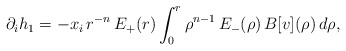
\begin{align*}\partial_i h_1=-x_i\,r^{-n}\,E_+(r)\int_0^r \rho^{n-1}\,E_-(\rho)\,B[v](\rho)\,d\rho,\end{align*}